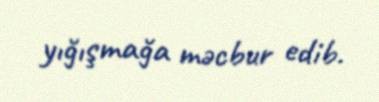
yığışmağa məcbur edib.